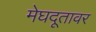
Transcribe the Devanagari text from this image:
मेघदूतावर